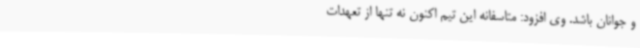
و جوانان باشد. وی افزود: متاسفانه این تیم اکنون نه تنها از تعهدات